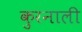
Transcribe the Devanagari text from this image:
कुरनाली